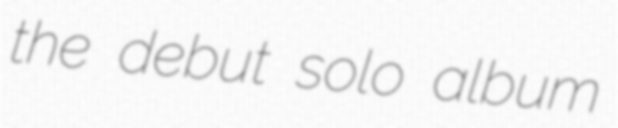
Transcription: the debut solo album